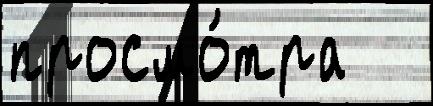
просмо́тра